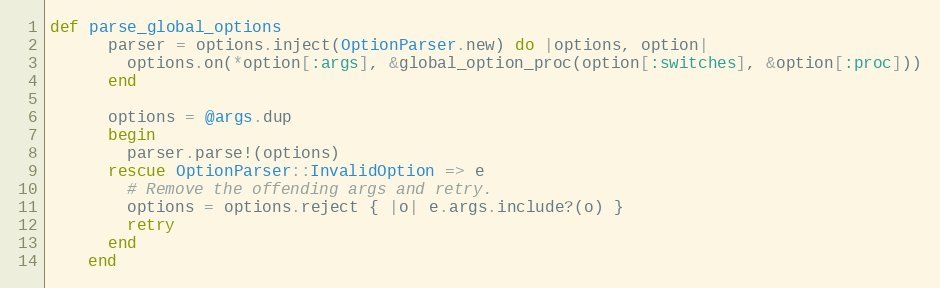
Language: Ruby
def parse_global_options
      parser = options.inject(OptionParser.new) do |options, option|
        options.on(*option[:args], &global_option_proc(option[:switches], &option[:proc]))
      end

      options = @args.dup
      begin
        parser.parse!(options)
      rescue OptionParser::InvalidOption => e
        # Remove the offending args and retry.
        options = options.reject { |o| e.args.include?(o) }
        retry
      end
    end